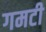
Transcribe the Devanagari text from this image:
गमटी